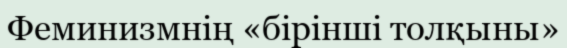
Феминизмнің «бірінші толқыны»